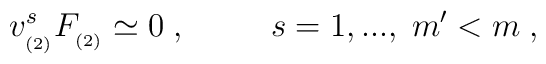
v_{_{(2)}}^{s}F_{_{(2)}}\simeq 0\;,\;\;\;\;\;\;\;\;\;s=1,...,\;m^{\prime}<m\;,